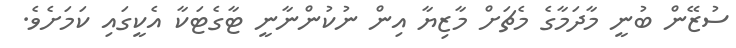
ސުޒޭން ބުނީ މާދަމާގެ މެޗަށް މާޒިޔާ އިން ނުކުންނާނީ ޓާގެޓަކާ އެކީގައި ކަމަށެވެ.